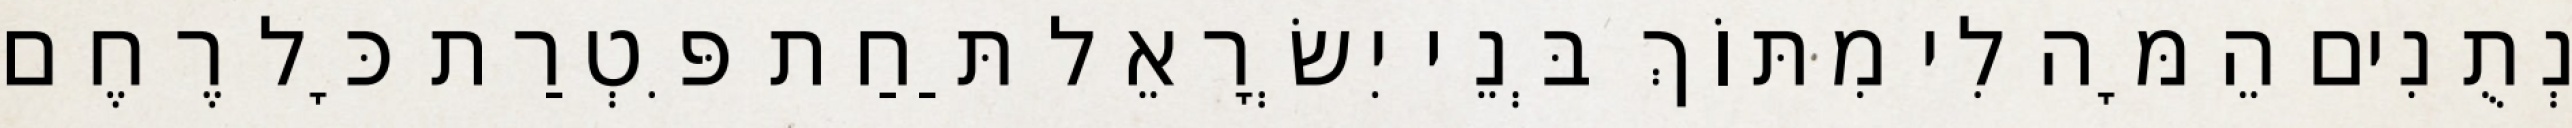
נְתֻנִים הֵמָּה לִי מִתּוֹךְ בְּנֵי יִשְׂרָאֵל תַּחַת פִּטְרַת כָּל רֶחֶם